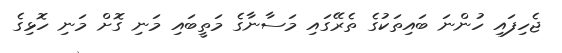
ޖެހިފައި ހުންނަ ބައިތަކުގެ ތެރޭގައި މަސާނާގެ މަތީބަައި މަނި ގޮށް މަނި ހޮޅިގެ